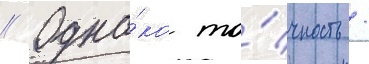
// Одна́ко то́чность /